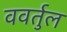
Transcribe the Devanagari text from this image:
ववर्तुल